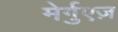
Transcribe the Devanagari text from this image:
मेर्गुएज़